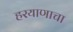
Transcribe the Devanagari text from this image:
हरयाणाचा